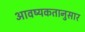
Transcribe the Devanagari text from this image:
आवष्यकतानुसार